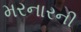
મરનારની